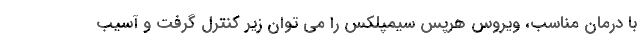
با درمان مناسب، ویروس هرپس سیمپلکس را می توان زیر کنترل گرفت و آسیب